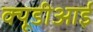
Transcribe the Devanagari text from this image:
क्यूडीआई